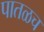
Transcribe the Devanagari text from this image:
पातळच